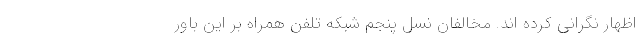
اظهار نگرانی کرده اند. مخالفان نسل پنجم شبکه تلفن همراه بر این باور